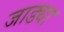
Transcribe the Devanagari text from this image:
जाड्या